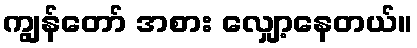
ကျွန်တော် အစား လျှော့နေတယ်။